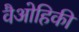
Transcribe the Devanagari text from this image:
वैओहिकी